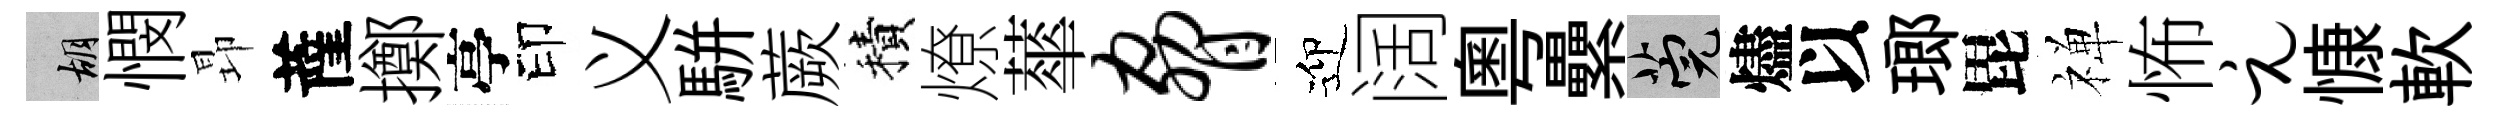
胡憫昻薩擲亭印义駢蕨積燎蕐胁迎阔粵纍筦燼以瑯毘禅怖元慷軟